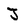
Character: j